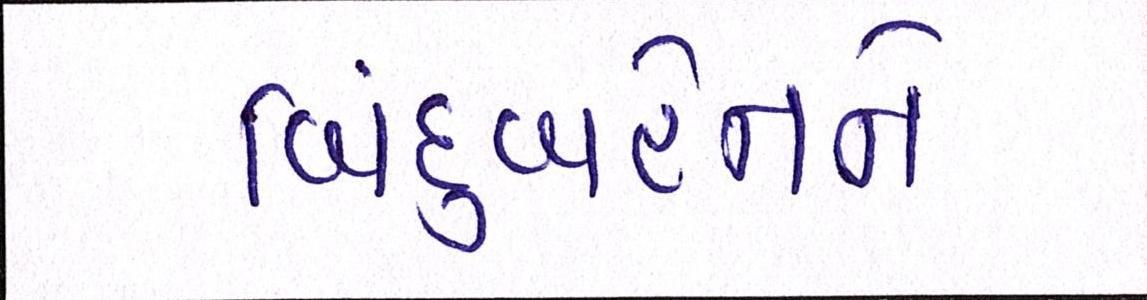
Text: બિંદુબહેનને